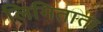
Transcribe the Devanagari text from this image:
लिमिताता